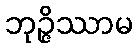
ဘုဉ္ဇိဿာမ